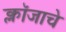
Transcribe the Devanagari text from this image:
क्लॉजाचे